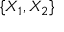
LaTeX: \{ X _ { 1 } , X _ { 2 } \}